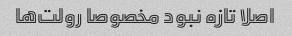
اصلا تازه نبود مخصوصا رولت‌ها